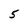
Character: 5